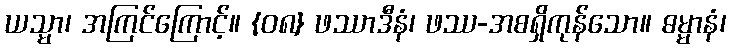
ယသ္မာ၊ အကြင်ကြောင့်။ {၀၈} ဖဿာဒီနံ၊ ဖဿ-အစရှိကုန်သော။ ဓမ္မာနံ၊